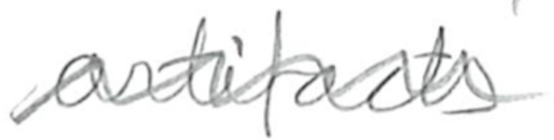
Text: artifacts
Cross-out: wave
Writing tool: pencil